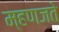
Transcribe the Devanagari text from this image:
म्हणजते